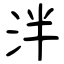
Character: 泮